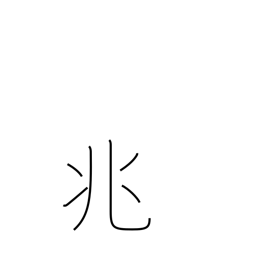
Meaning: portent